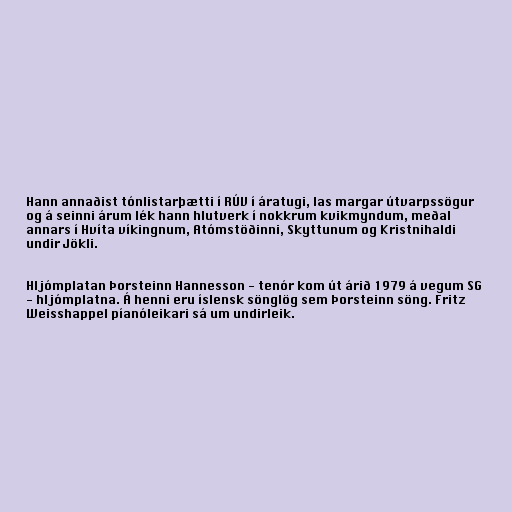
Hann annaðist tónlistarþætti í RÚV í áratugi, las margar útvarpssögur
og á seinni árum lék hann hlutverk í nokkrum kvikmyndum, meðal
annars í Hvíta víkingnum, Atómstöðinni, Skyttunum og Kristnihaldi
undir Jökli.

Hljómplatan Þorsteinn Hannesson - tenór kom út árið 1979 á vegum SG
- hljómplatna. Á henni eru íslensk sönglög sem Þorsteinn söng. Fritz
Weisshappel píanóleikari sá um undirleik.